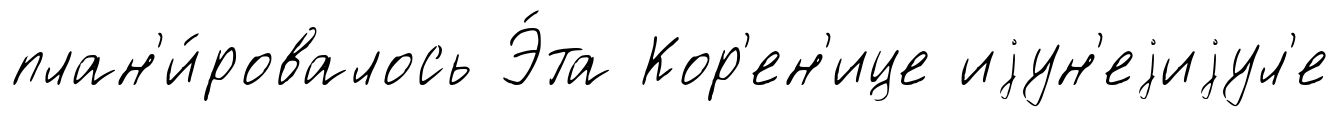
план'и́ровалось Э́та Кор'ен'ице иjун'еjиjул'е